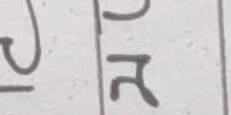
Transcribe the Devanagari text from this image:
र